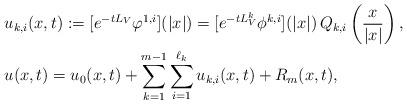
LaTeX: \begin{align*} & u_{k,i}(x,t):=[e^{-tL_V}\varphi^{1,i}](|x|)=[e^{-tL_V^k}\phi^{k,i}](|x|)\,Q_{k,i}\left(\frac{x}{|x|}\right),\\ & u(x,t)=u_0(x,t)+\sum_{k=1}^{m-1}\sum_{i=1}^{\ell_k}u_{k,i}(x,t)+R_m(x,t),\end{align*}